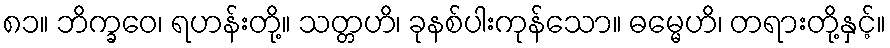
၈၁။ ဘိက္ခဝေ၊ ရဟန်းတို့။ သတ္တဟိ၊ ခုနစ်ပါးကုန်သော။ ဓမ္မေဟိ၊ တရားတို့နှင့်။